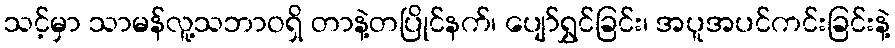
သင့်မှာ သာမန်လူ့သဘာဝရှိ တာနဲ့တပြိုင်နက်၊ ပျော်ရွှင်ခြင်း၊ အပူအပင်ကင်းခြင်းနဲ့